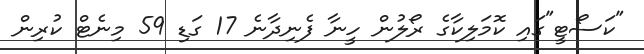
"ކަސޯޓީ"ގައި ކޮމަލިކާގެ ރޯލުން ހީނާ ފެނިދާނެ 17 ގަޑި 59 މިނެޓް ކުރިން